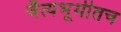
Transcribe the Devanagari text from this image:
चैत्यभूमीतच